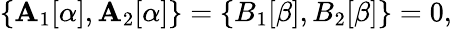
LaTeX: \{ \mathbf{A}_{1}[\alpha],\mathbf{A}_{2}[\alpha]\} =\{ B_{1}[\beta],B_{2}[\beta]\} =0,